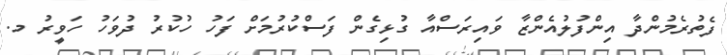
ފެތުރެމުންދާ އިންފުލުއެންޒާ ވައިރަސްއާ ގުޅިގެން ފަސްކުރުމަށް ފަހު ހުކުރު ދުވަހު ހަވީރު މ.